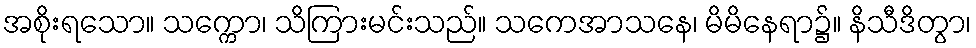
အစိုးရသော။ သက္ကော၊ သိကြားမင်းသည်။ သကေအာသနေ၊ မိမိနေရာ၌။ နိသီဒိတွာ၊